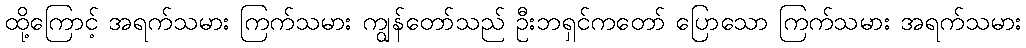
ထို့ကြောင့် အရက်သမား ကြက်သမား ကျွန်တော်သည် ဦးဘရှင်ကတော် ပြောသော ကြက်သမား အရက်သမား